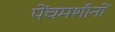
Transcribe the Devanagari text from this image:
पेंचमशीनों